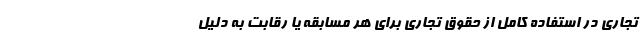
تجاری در استفاده کامل از حقوق تجاری برای هر مسابقه یا رقابت به دلیل